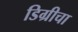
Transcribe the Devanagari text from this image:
डिग्रीचा